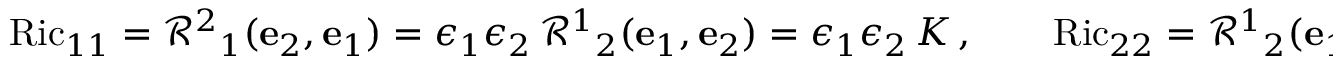
\operatorname { R i c } _ { 1 1 } = \mathcal { R } ^ { 2 } { } _ { 1 } ( \mathbf { e } _ { 2 } , \mathbf { e } _ { 1 } ) = \epsilon _ { 1 } \epsilon _ { 2 } \, \mathcal { R } ^ { 1 } { } _ { 2 } ( \mathbf { e } _ { 1 } , \mathbf { e } _ { 2 } ) = \epsilon _ { 1 } \epsilon _ { 2 } \, K \, , \qquad \operatorname { R i c } _ { 2 2 } = \mathcal { R } ^ { 1 } { } _ { 2 } ( \mathbf { e } _ { 1 } , \mathbf { e } _ { 2 } ) = K \, ,